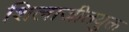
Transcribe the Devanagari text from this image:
शिलाजीतयुक्त